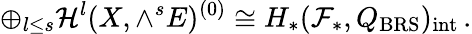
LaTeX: \oplus_{l\le s}{\cal H}^{l}(X,\wedge^{s}E)^{(0)}\cong H_{*}({\cal F}_{*},Q_{\mathrm{BRS}})_{\mathrm{int}}\, .